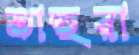
তাহুরা